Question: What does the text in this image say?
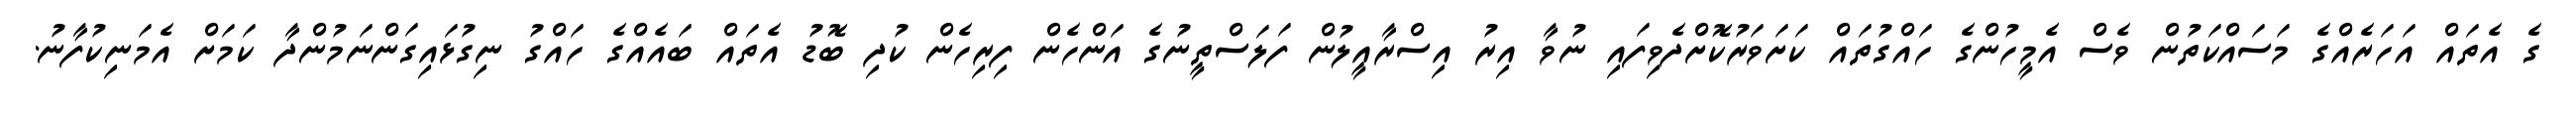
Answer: ގެ އެތައް އަހަރެއްގެ މަސައްކަތުން ވެސް އެމީހުންގެ ހައްގުތައް ކަށަވަރުކޮށްދެވިފައި ނުވާ އިރު އިސްރާއީލުން ފަލަސްތީނުގެ އަންހެން ފިރިހެން ކުދި ބޮޑު އެތައް ބައެއްގެ ހައްގު ނިގުޅައިގަންނަމުންދާ ކަމަށް އެމަނިކުފާނު.